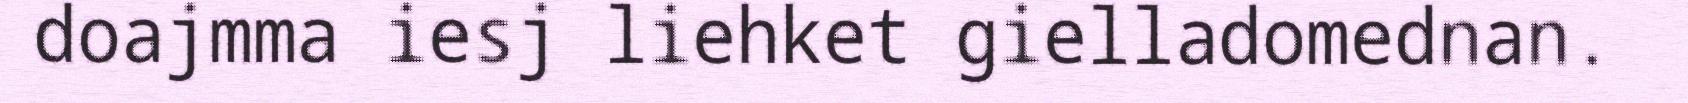
doajmma iesj liehket gielladomednan.